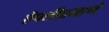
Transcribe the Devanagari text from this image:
ऎपतीप्रमाणे